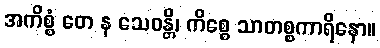
အကိစ္စံ တေ န သေဝန္တိ၊ ကိစ္စေ သာတစ္စကာရိနော။